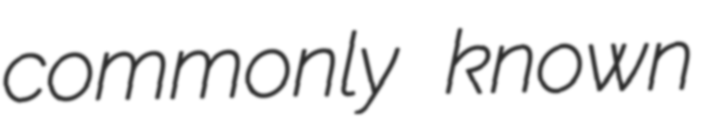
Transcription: commonly known